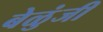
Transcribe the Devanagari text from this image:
बेळुंजी